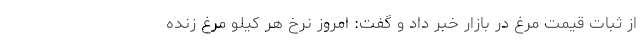
از ثبات قیمت مرغ در بازار خبر داد و گفت: امروز نرخ هر کیلو مرغ زنده